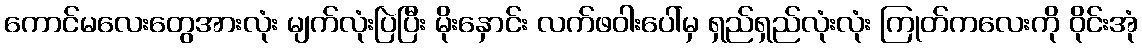
ကောင်မလေးတွေအားလုံး မျက်လုံးပြဲပြီး မိုးနှောင်း လက်ဖဝါးပေါ်မှ ရှည်ရှည်လုံးလုံး ကြုတ်ကလေးကို ဝိုင်းအုံ